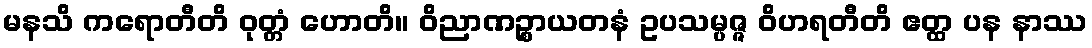
မနသိ ကရောတီတိ ဝုတ္တံ ဟောတိ။ ဝိညာဏဉ္စာယတနံ ဥပသမ္ပဇ္ဇ ဝိဟရတီတိ ဧတ္ထ ပန နာဿ